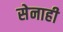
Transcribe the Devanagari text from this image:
सेनाही